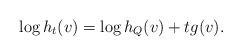
LaTeX: \begin{align*}\log h_t(v)=\log h_Q(v)+tg(v).\end{align*}